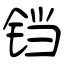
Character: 铛